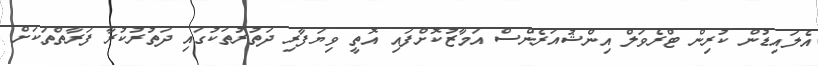
އެލައިޑުން ކުރިން ޓްރެވަލް އިންޝުއަރެންސް އަމާޒުކޮށްފައި އޮތީ ވިޔަފާރި ދަތުރުތަކުގައި ދަތުރުކުރާ ފަރާތްތަކަށް